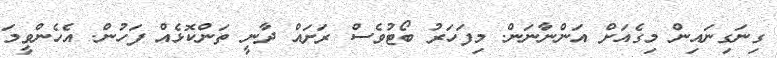
ގިނަގިނައިން މިގެއަށް އަންނާނަން. މިފަހަރު ބޯޓުވެސް ރަށައް ދާނީ ތަންކޮޅެއް ފަހުން. އެހެންވީމަ